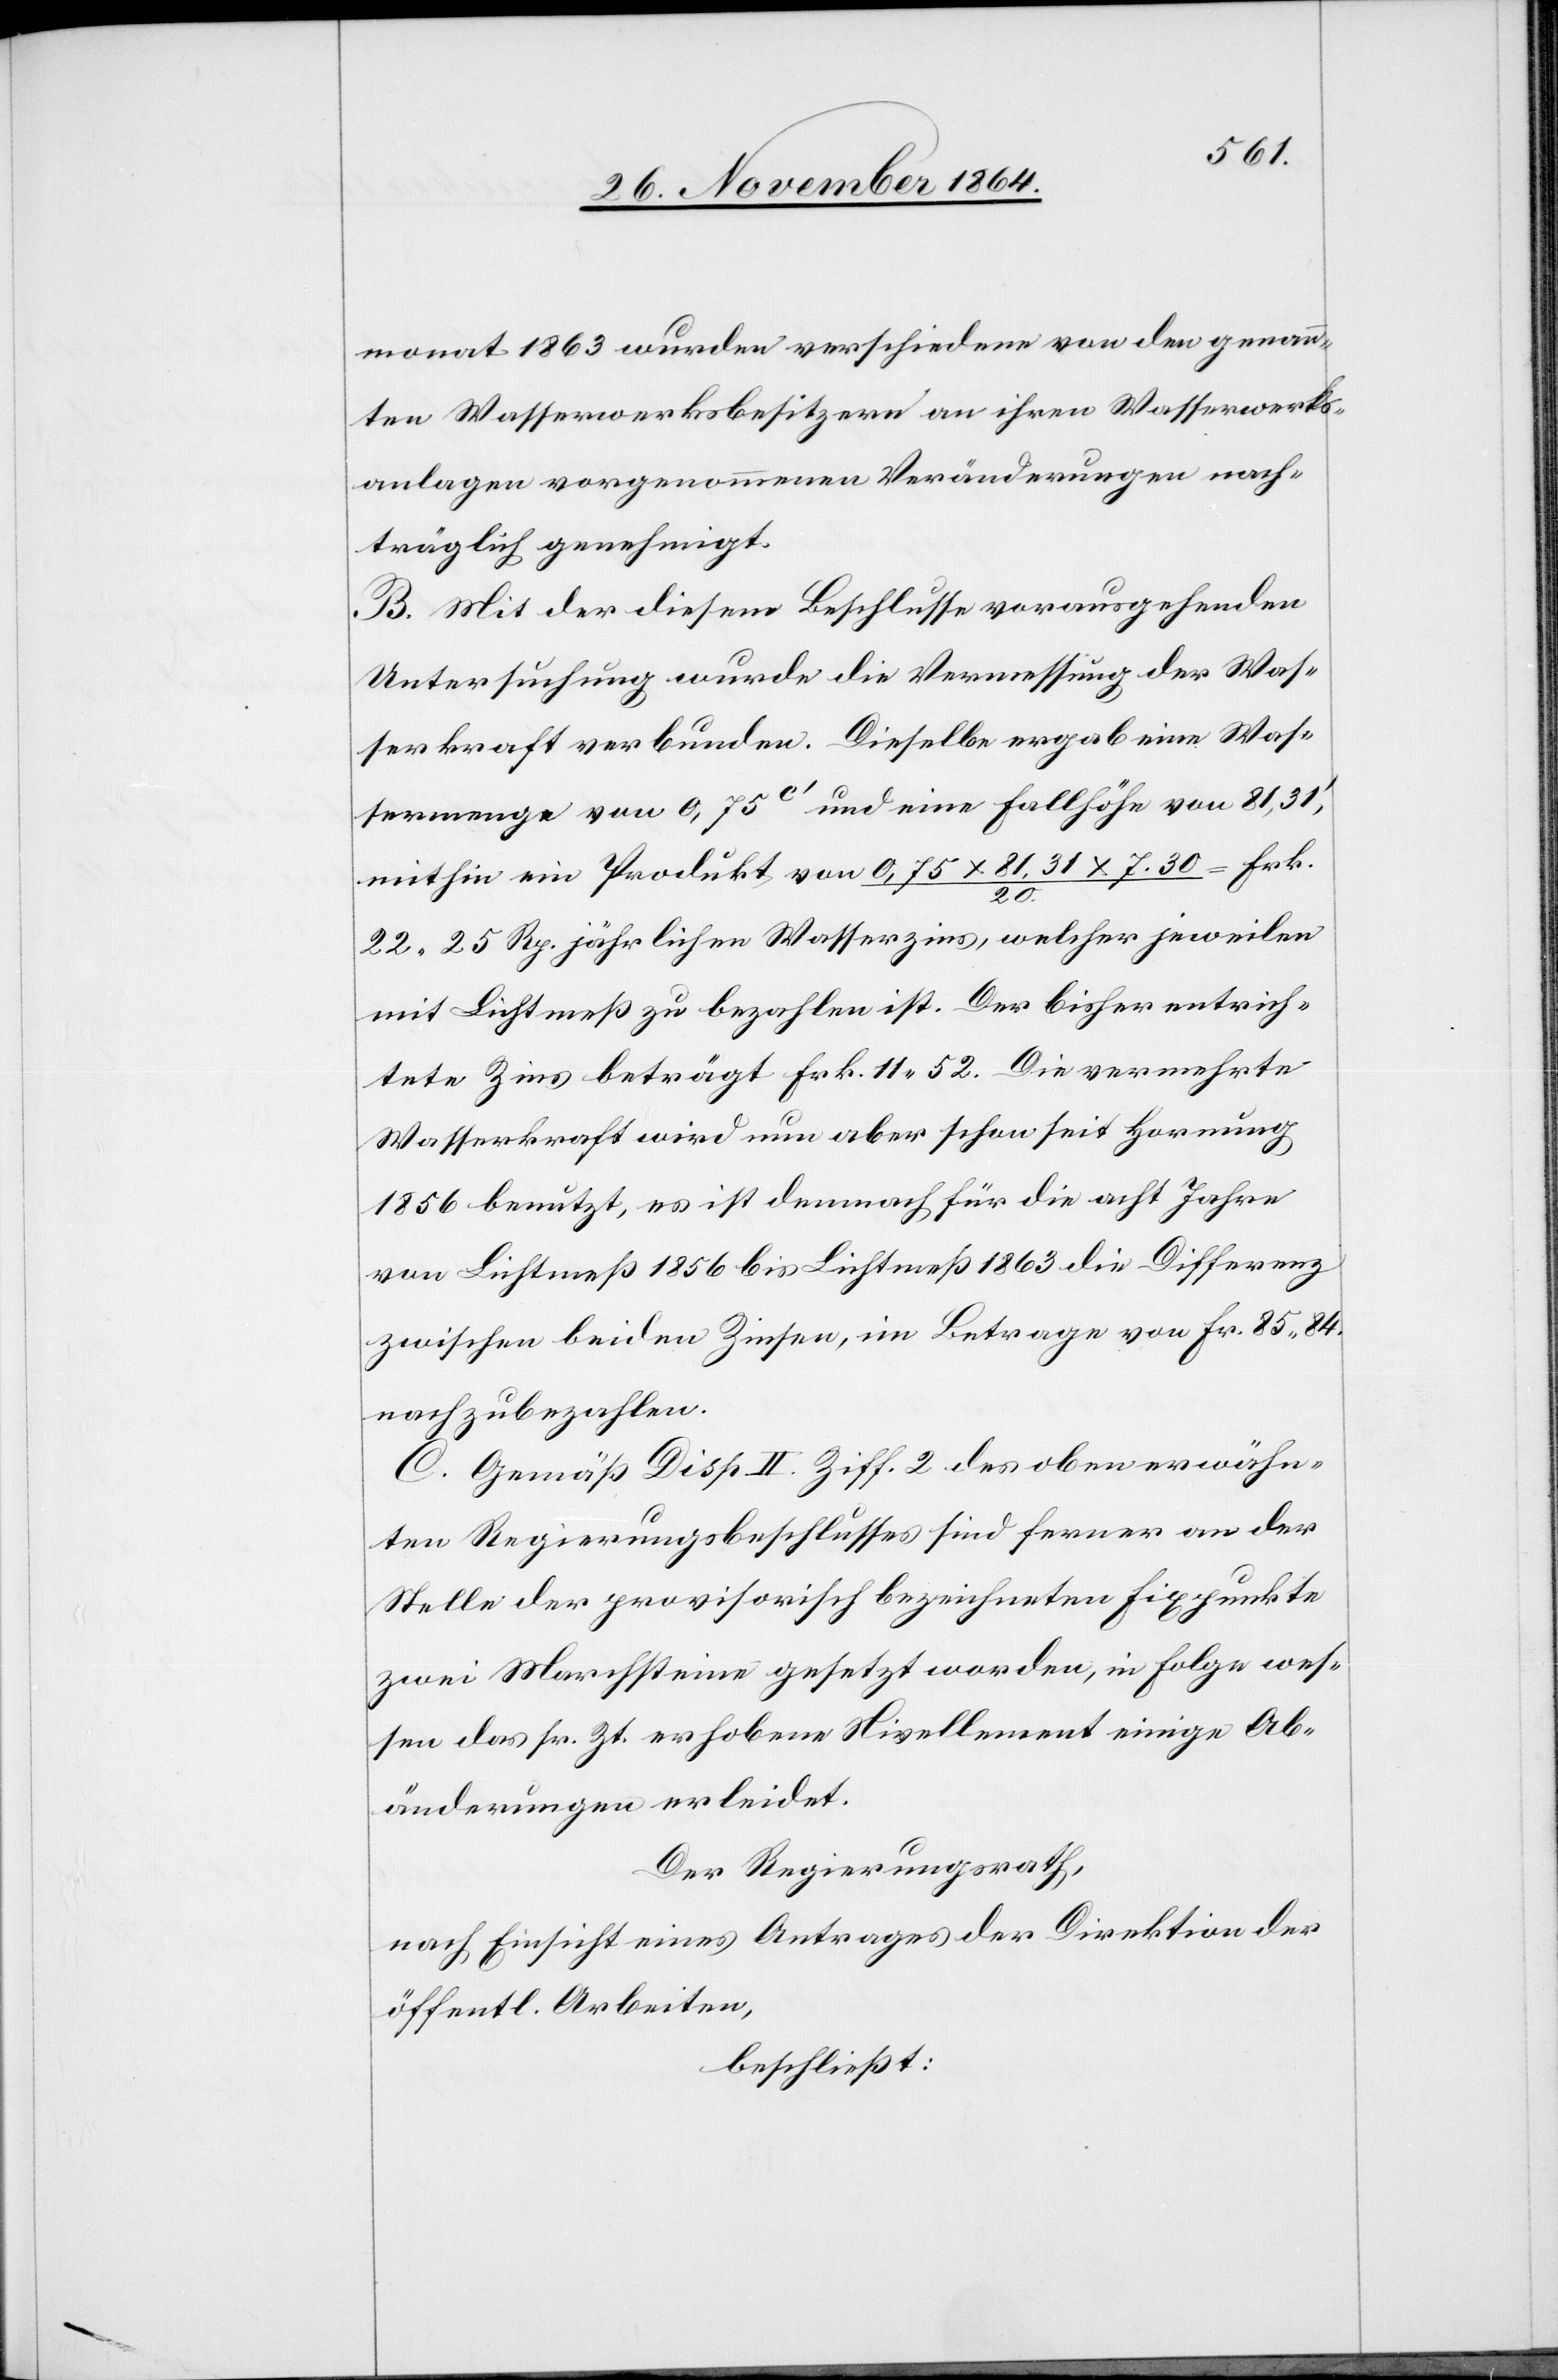
monat 1863 wurden verschiedene von den genann¬
ten Wasserwerksbesitzern an ihren Wasserwerks¬
anlagen vorgenommenen Veränderungen nach¬
träglich genehmigt.
B. Mit der diesem Beschlusse vorausgehenden
Untersuchung wurde die Vermessung der Was¬
serkraft verbunden. Dieselbe ergab eine Was¬
sermenge von 0,75c’ und eine Fallhöhe von 81,31’,
mithin ein Produkt von 0,75 x 81.31 x 7.30 / 20. = Frk.
22.25 Rp. jährlichen Wasserzins, welcher jeweilen
mit Lichtmeß zu bezahlen ist. Der bisher entrich¬
tete Zins beträgt Frk. 11.52. Die vermehrte
Wasserkraft wird nun aber schon seit Hornung
1856 benutzt, es ist demnach für die acht Jahre
von Lichtmeß 1856 bis Lichtmeß 1863 die Differenz
zwischen beiden Zinsen, im Betrage von Fr. 85.84.
noch zu bezahlen.
C. Gemäß Disp. II. Ziff. 2 des oben erwähn¬
ten Regierungsbeschlusses sind ferner an der
Stelle der provisorisch bezeichneten Fixpunkte
zwei Marchsteine gesetzt worden, in Folge wes¬
sen das sr. Zt. erhobene Nivellement einige Ab¬
änderungen erleidet.
Der Regierungsrath,
nach Einsicht eines Antrages der Direktion der
öffentl. Arbeiten,
beschließt: